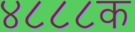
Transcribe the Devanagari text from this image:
४८८८क